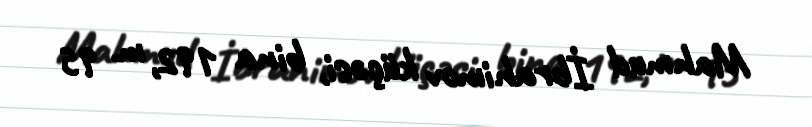
Mahmud İbrahimov küçəsi, bina 192, m. 95